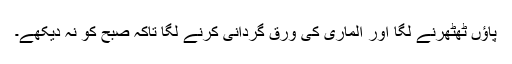
پاؤں ٹھٹھرنے لگا اور الماری کی ورق گردانی کرنے لگا تاکہ صبح کو نہ دیکھے۔